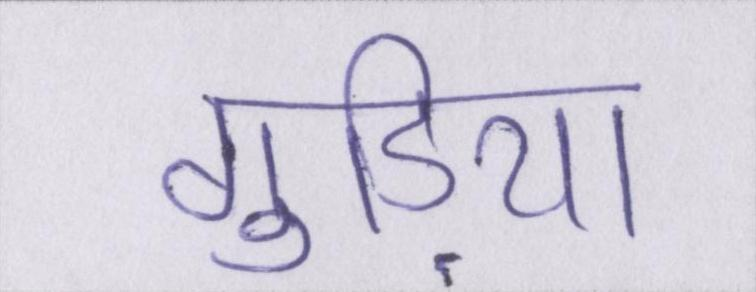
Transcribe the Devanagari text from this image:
गुड़िया